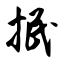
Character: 抿